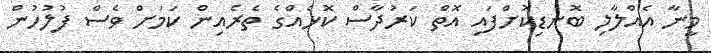
މީނާ އެއްލާލި ބޮނޑިކޮށްފައި އޮތް ކަރުދާސް ކޮޅެއްގެ ތެރެއިން ކަމަށް ވެސް ފުލުހުން